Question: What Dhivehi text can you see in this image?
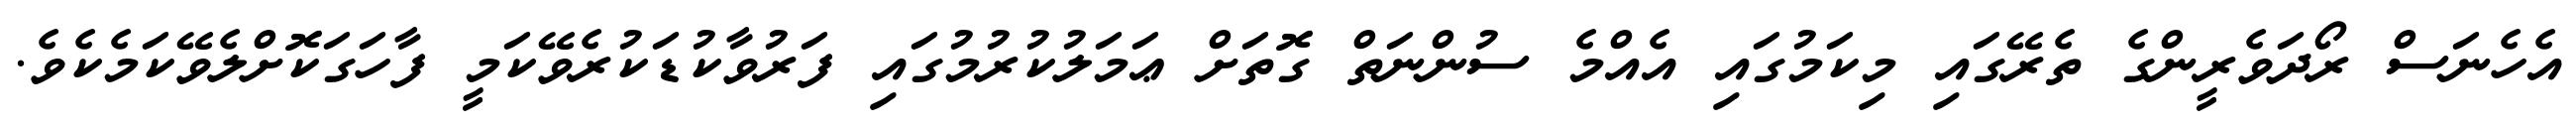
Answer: އެހެނަސް ރޯދަވެރީންގެ ތެރޭގައި މިކަމުގައި އެއްމެ ސުންނަތް ގޮތަށް ޢަމަލުކުރުމުގައި ފަރުވާކުޑަކުރެވޭކަމީ ފާހަގަކޮށްލެވޭކަމެކެވެ.